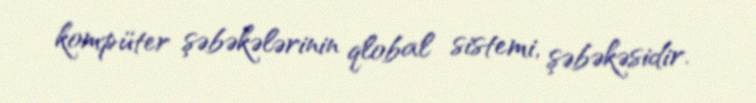
kompüter şəbəkələrinin qlobal sistemi, şəbəkəsidir.